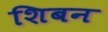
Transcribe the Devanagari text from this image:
शिबन